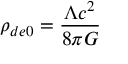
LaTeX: \rho _ { d e 0 } = { \frac { \Lambda c ^ { 2 } } { 8 \pi G } }